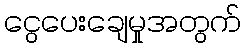
ငွေပေးချေမှုအတွက်